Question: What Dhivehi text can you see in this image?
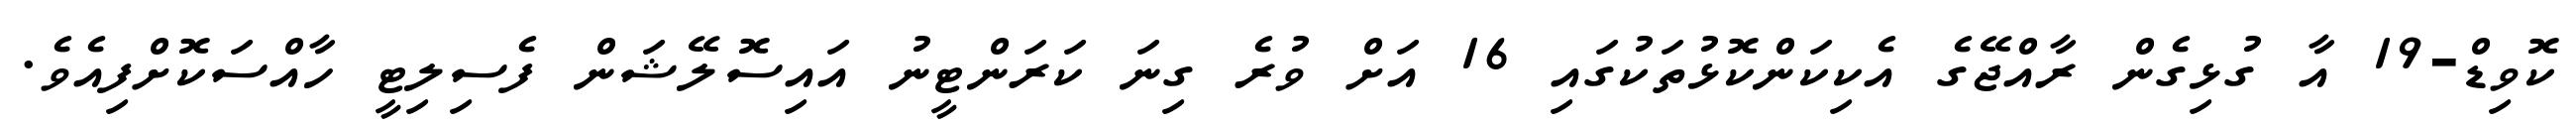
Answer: ކޮވިޑް-19 އާ ގުޅިގެން ރާއްޖޭގެ އެކިކަންކޮޅުތަކުގައި 16 އަށް ވުރެ ގިނަ ކަރަންޓީނު އައިސޮލޭޝަން ފެސިލިޓީ ހާއްސަކޮށްފިއެވެ.